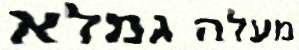
מעלה גמלא